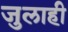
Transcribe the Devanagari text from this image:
जुलाही